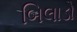
બિલાડો